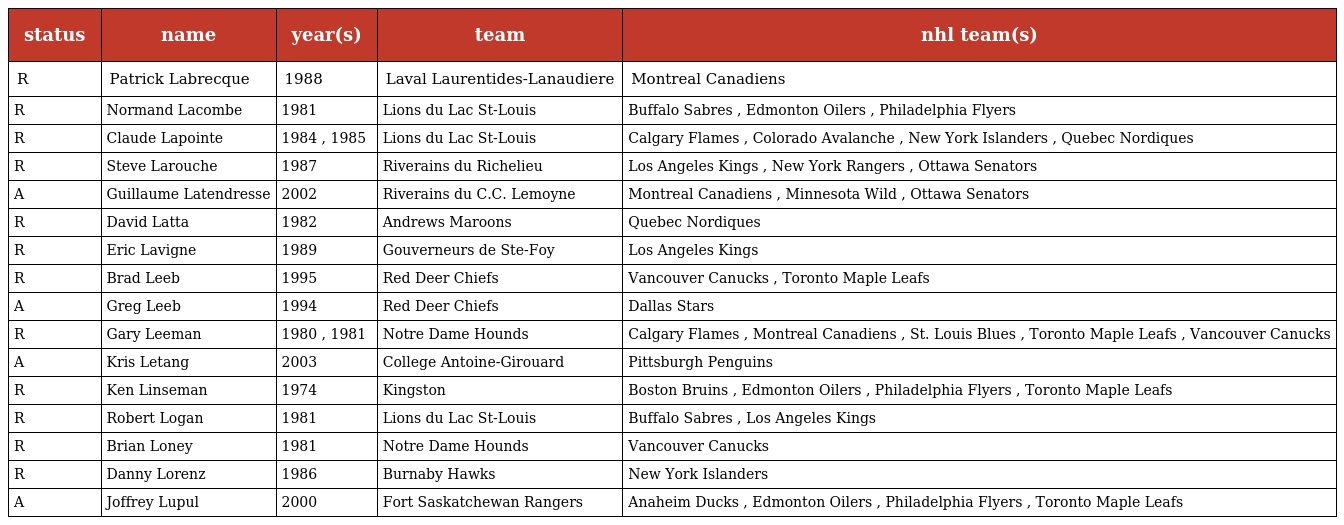
| status | name | year(s) | team | nhl team(s) |
 | --- | --- | --- | --- | --- |
 | R | Patrick Labrecque | 1988 | Laval Laurentides-Lanaudiere | Montreal Canadiens |
 | R | Normand Lacombe | 1981 | Lions du Lac St-Louis | Buffalo Sabres , Edmonton Oilers , Philadelphia Flyers |
 | R | Claude Lapointe | 1984 , 1985 | Lions du Lac St-Louis | Calgary Flames , Colorado Avalanche , New York Islanders , Quebec Nordiques |
 | R | Steve Larouche | 1987 | Riverains du Richelieu | Los Angeles Kings , New York Rangers , Ottawa Senators |
 | A | Guillaume Latendresse | 2002 | Riverains du C.C. Lemoyne | Montreal Canadiens , Minnesota Wild , Ottawa Senators |
 | R | David Latta | 1982 | Andrews Maroons | Quebec Nordiques |
 | R | Eric Lavigne | 1989 | Gouverneurs de Ste-Foy | Los Angeles Kings |
 | R | Brad Leeb | 1995 | Red Deer Chiefs | Vancouver Canucks , Toronto Maple Leafs |
 | A | Greg Leeb | 1994 | Red Deer Chiefs | Dallas Stars |
 | R | Gary Leeman | 1980 , 1981 | Notre Dame Hounds | Calgary Flames , Montreal Canadiens , St. Louis Blues , Toronto Maple Leafs , Vancouver Canucks |
 | A | Kris Letang | 2003 | College Antoine-Girouard | Pittsburgh Penguins |
 | R | Ken Linseman | 1974 | Kingston | Boston Bruins , Edmonton Oilers , Philadelphia Flyers , Toronto Maple Leafs |
 | R | Robert Logan | 1981 | Lions du Lac St-Louis | Buffalo Sabres , Los Angeles Kings |
 | R | Brian Loney | 1981 | Notre Dame Hounds | Vancouver Canucks |
 | R | Danny Lorenz | 1986 | Burnaby Hawks | New York Islanders |
 | A | Joffrey Lupul | 2000 | Fort Saskatchewan Rangers | Anaheim Ducks , Edmonton Oilers , Philadelphia Flyers , Toronto Maple Leafs |